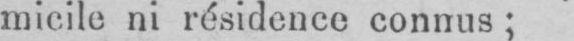
micile ni résidence connus;